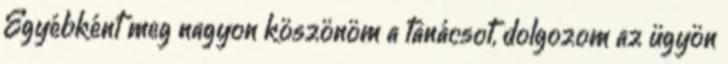
Egyébként meg nagyon köszönöm a tanácsot, dolgozom az ügyön